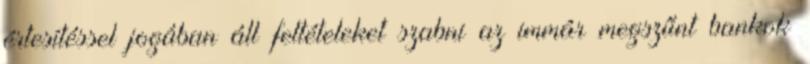
értesítéssel jogában áll feltételeket szabni az immár megszűnt bankok